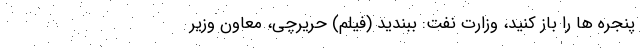
پنجره ها را باز کنید، وزارت نفت: ببندید (فیلم) حریرچی، معاون وزیر